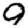
Digit: 9